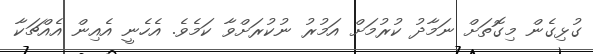
ގުޅިގެން މިގޮތަށް ނަމާދު ކުރުމަށް އަމުރު ނުކުރަށްވާ ކަމެވެ. އެހެނީ އެއިން އެއްޗަކާ